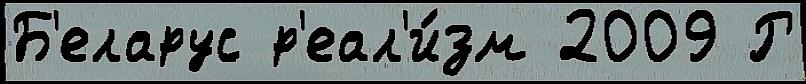
Б'еларус р'еал'и́зм 2009 Р